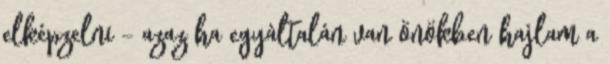
elképzelni - azaz ha egyáltalán van önökben hajlam a